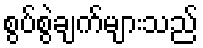
စွပ်စွဲချက်များသည်